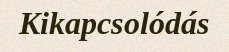
Kikapcsolódás